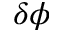
\delta \phi